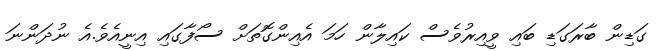
ގަޑިން ބާރަގަޑި ބައި ވީއިރުވެސް ކައިލާން ހަމަ އެއިންގޮތަށް ސޯފާގައި އިނީއެވެ.އެ ނުދަންނަ